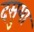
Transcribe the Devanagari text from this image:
दसुया